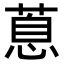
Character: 蒠